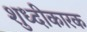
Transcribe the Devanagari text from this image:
शुध्दीकारक